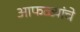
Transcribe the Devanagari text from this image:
आफळ्यांचे